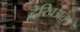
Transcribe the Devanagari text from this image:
देखिअत